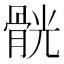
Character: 䯑